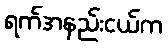
ရက်အနည်းငယ်က